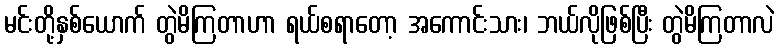
မင်းတို့နှစ်ယောက် တွဲမိကြတာဟာ ရယ်စရာတော့ အကောင်းသား၊ ဘယ်လိုဖြစ်ပြီး တွဲမိကြတာလဲ